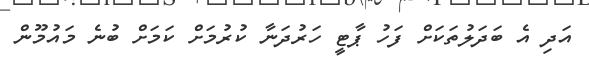
އަދި އެ ބަދަލުތަކަށް ފަހު ޕާޓީ ހަރުދަނާ ކުރުމަށް ކަމަށް ބުނެ މައުމޫން